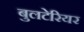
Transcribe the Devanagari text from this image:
बुलटेरियर